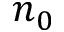
n _ { 0 }